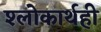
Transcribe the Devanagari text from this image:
श्लोकार्थही